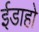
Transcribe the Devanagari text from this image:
ईडाहो